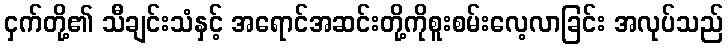
ငှက်တို့၏ သီချင်းသံနှင့် အရောင်အဆင်းတို့ကိုစူးစမ်းလေ့လာခြင်း အလုပ်သည်